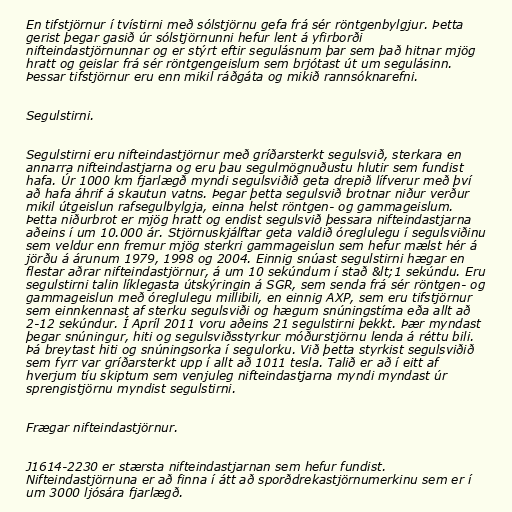
En tifstjörnur í tvístirni með sólstjörnu gefa frá sér röntgenbylgjur. Þetta
gerist þegar gasið úr sólstjörnunni hefur lent á yfirborði
nifteindastjörnunnar og er stýrt eftir segulásnum þar sem það hitnar mjög
hratt og geislar frá sér röntgengeislum sem brjótast út um segulásinn.
Þessar tifstjörnur eru enn mikil ráðgáta og mikið rannsóknarefni.

Segulstirni.

Segulstirni eru nifteindastjörnur með gríðarsterkt segulsvið, sterkara en
annarra nifteindastjarna og eru þau segulmögnuðustu hlutir sem fundist
hafa. Úr 1000 km fjarlægð myndi segulsviðið geta drepið lífverur með því
að hafa áhrif á skautun vatns. Þegar þetta segulsvið brotnar niður verður
mikil útgeislun rafsegulbylgja, einna helst röntgen- og gammageislum.
Þetta niðurbrot er mjög hratt og endist segulsvið þessara nifteindastjarna
aðeins í um 10.000 ár. Stjörnuskjálftar geta valdið óreglulegu í segulsviðinu
sem veldur enn fremur mjög sterkri gammageislun sem hefur mælst hér á
jörðu á árunum 1979, 1998 og 2004. Einnig snúast segulstirni hægar en
flestar aðrar nifteindastjörnur, á um 10 sekúndum í stað &lt;1 sekúndu. Eru
segulstirni talin líklegasta útskýringin á SGR, sem senda frá sér röntgen- og
gammageislun með óreglulegu millibili, en einnig AXP, sem eru tifstjörnur
sem einnkennast af sterku segulsviði og hægum snúningstíma eða allt að
2-12 sekúndur. Í Apríl 2011 voru aðeins 21 segulstirni þekkt. Þær myndast
þegar snúningur, hiti og segulsviðsstyrkur móðurstjörnu lenda á réttu bili.
Þá breytast hiti og snúningsorka í segulorku. Við þetta styrkist segulsviðið
sem fyrr var gríðarsterkt upp í allt að 1011 tesla. Talið er að í eitt af
hverjum tíu skiptum sem venjuleg nifteindastjarna myndi myndast úr
sprengistjörnu myndist segulstirni.

Frægar nifteindastjörnur.

J1614-2230 er stærsta nifteindastjarnan sem hefur fundist.
Nifteindastjörnuna er að finna í átt að sporðdrekastjörnumerkinu sem er í
um 3000 ljósára fjarlægð.